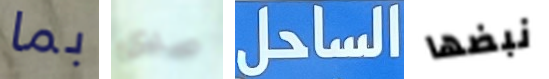
بما صدى الساحل نبضها